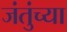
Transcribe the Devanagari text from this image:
जंतुंच्या